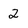
Character: 2